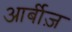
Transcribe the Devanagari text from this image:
आर्बीज़